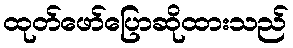
ထုတ်ဖော်ပြောဆိုထားသည်